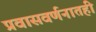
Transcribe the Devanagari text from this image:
प्रवासवर्णनातही